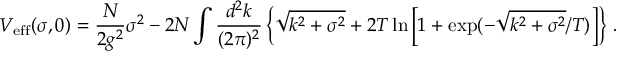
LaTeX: V _ { \mathrm { e f f } } ( \sigma , 0 ) = { \frac { N } { 2 g ^ { 2 } } } \sigma ^ { 2 } - 2 N \int { \frac { d ^ { 2 } k } { ( 2 \pi ) ^ { 2 } } } \left\{ \sqrt { k ^ { 2 } + \sigma ^ { 2 } } + { 2 T } \ln \left[ 1 + \exp ( - \sqrt { k ^ { 2 } + \sigma ^ { 2 } } / T ) \right] \right\} \, .